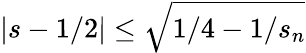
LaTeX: |s-1/2|\leq\sqrt{1/4-1/s_{n}}